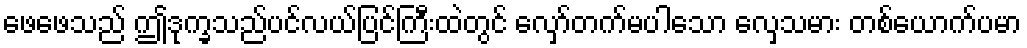
ဖေဖေသည် ဤဒုက္ခသည်ပင်လယ်ပြင်ကြီးထဲတွင် လှော်တက်မပါသော လှေသမား တစ်ယောက်ပမာ